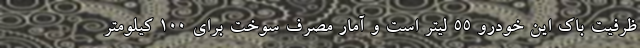
ظرفیت باک این خودرو 55 لیتر است و آمار مصرف سوخت برای 100 کیلومتر